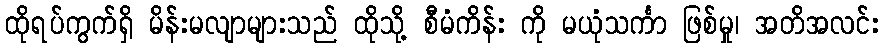
ထိုရပ်ကွက်ရှိ မိန်းမလျာများသည် ထိုသို့ စီမံကိန်း ကို မယုံသင်္ကာ ဖြစ်မှု၊ အတိအလင်း